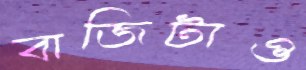
বাজিটাও